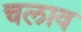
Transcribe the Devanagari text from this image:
चलाव